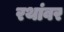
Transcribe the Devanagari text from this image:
रथांवर